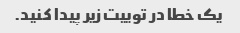
یک خطا در توییت زیر پیدا کنید.